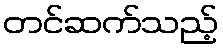
တင်ဆက်သည့်